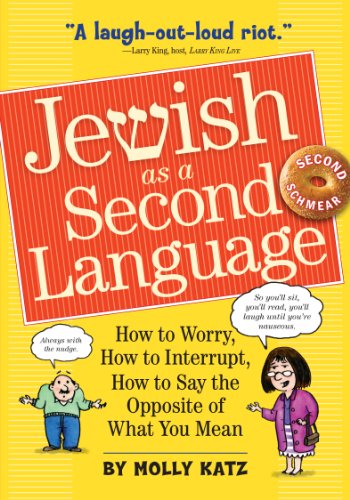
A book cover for Jewish as a Second Language: How to Worry, How to Interrupt, How to Say the Opposite of What You Mean; Molly Katz; Humor & Entertainment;